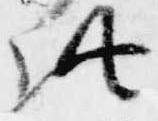
此